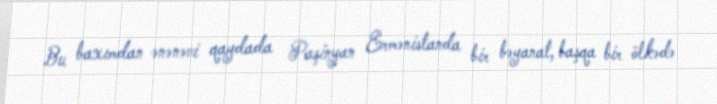
Bu baxımdan ənənəvi qaydada Paşinyan Ermənistanda bir bəyanat, başqa bir ölkədə